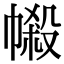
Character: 𢄌